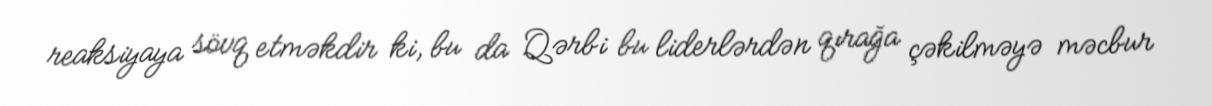
reaksiyaya sövq etməkdir ki, bu da Qərbi bu liderlərdən qırağa çəkilməyə məcbur